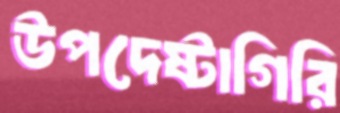
উপদেষ্টাগিরি